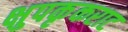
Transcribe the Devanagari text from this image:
क्षुपकृकराट